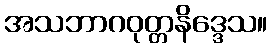
အသဘာဂဝုတ္တနိဒ္ဒေသ။